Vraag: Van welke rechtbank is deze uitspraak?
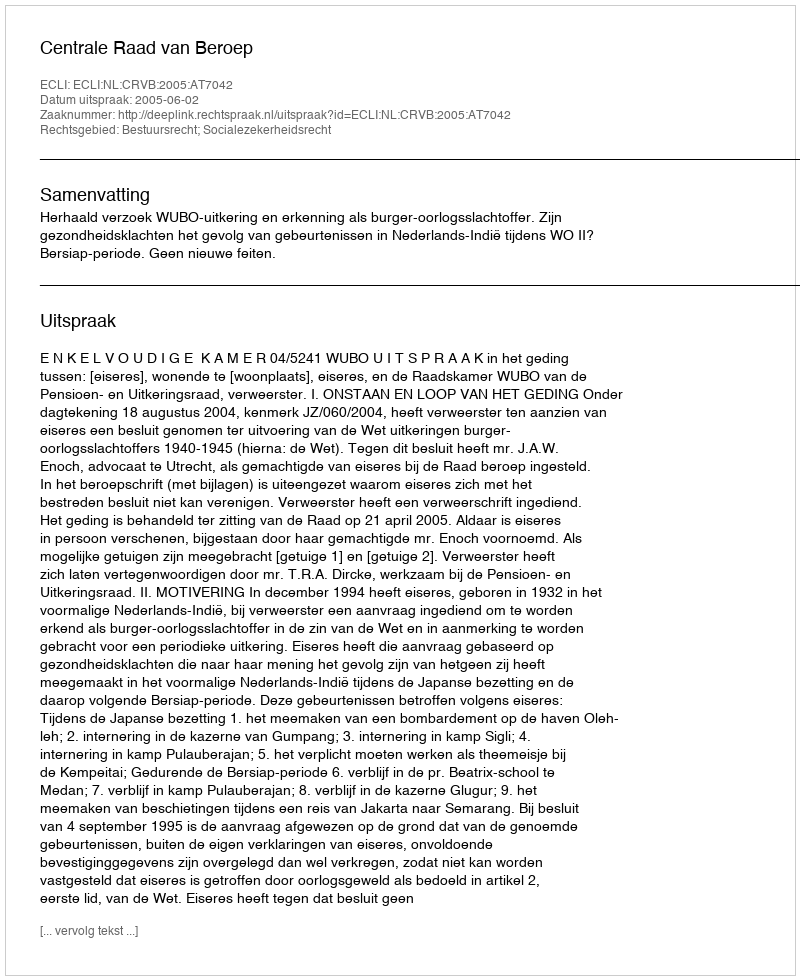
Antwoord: Centrale Raad van Beroep